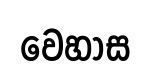
වෙහාස